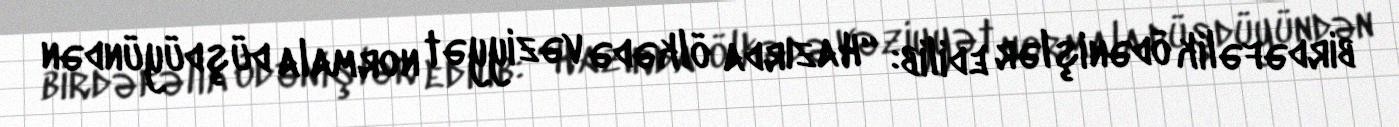
birdəfəlik ödənişlər edilib: “Hazırda ölkədə vəziyyət normala düşdüyündən